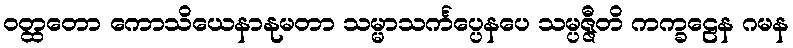
ဝတ္ထတော ကောသိယေနာနုမတာ သမ္မာသင်္ကပ္ပေနပေ သမ္ပဇ္ဇီတိ ကက္ခဠေန ဂမန